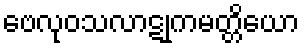
ဗေလုဝသလာဋုကမတ္တိယော